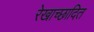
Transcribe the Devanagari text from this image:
रेखाच्छादित